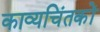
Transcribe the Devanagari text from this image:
काव्यचिंतकों